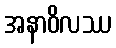
အနာဝိလဿ